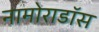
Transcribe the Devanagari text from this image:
नामोराडॉस